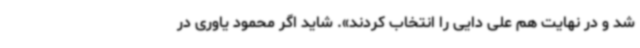
شد و در نهایت هم علی دایی را انتخاب کردند». شاید اگر محمود یاوری در